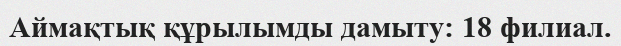
Аймақтық құрылымды дамыту: 18 филиал.